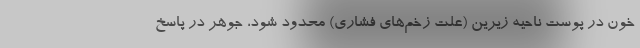
خون در پوست ناحیه زیرین (علت زخم‌های فشاری) محدود شود، جوهر در پاسخ